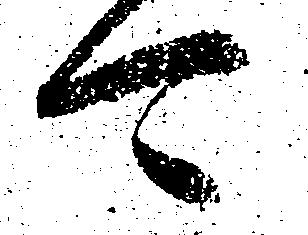
可